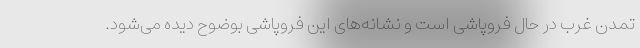
تمدن غرب در حال فروپاشی است و نشانه‌های این فروپاشی بوضوح دیده می‌شود.